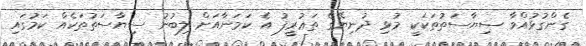
ގެންގުޅުއްވާ ސިޔާސަތުތަކަކީ މުޅި ދުނިޔޭގެ ތަޢުރީފު އެ ކަމަނާއަށް ލިބުނު ސިޔާސަތުތަކެއް ކަމުގައި